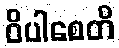
ဝိပါစေတိ